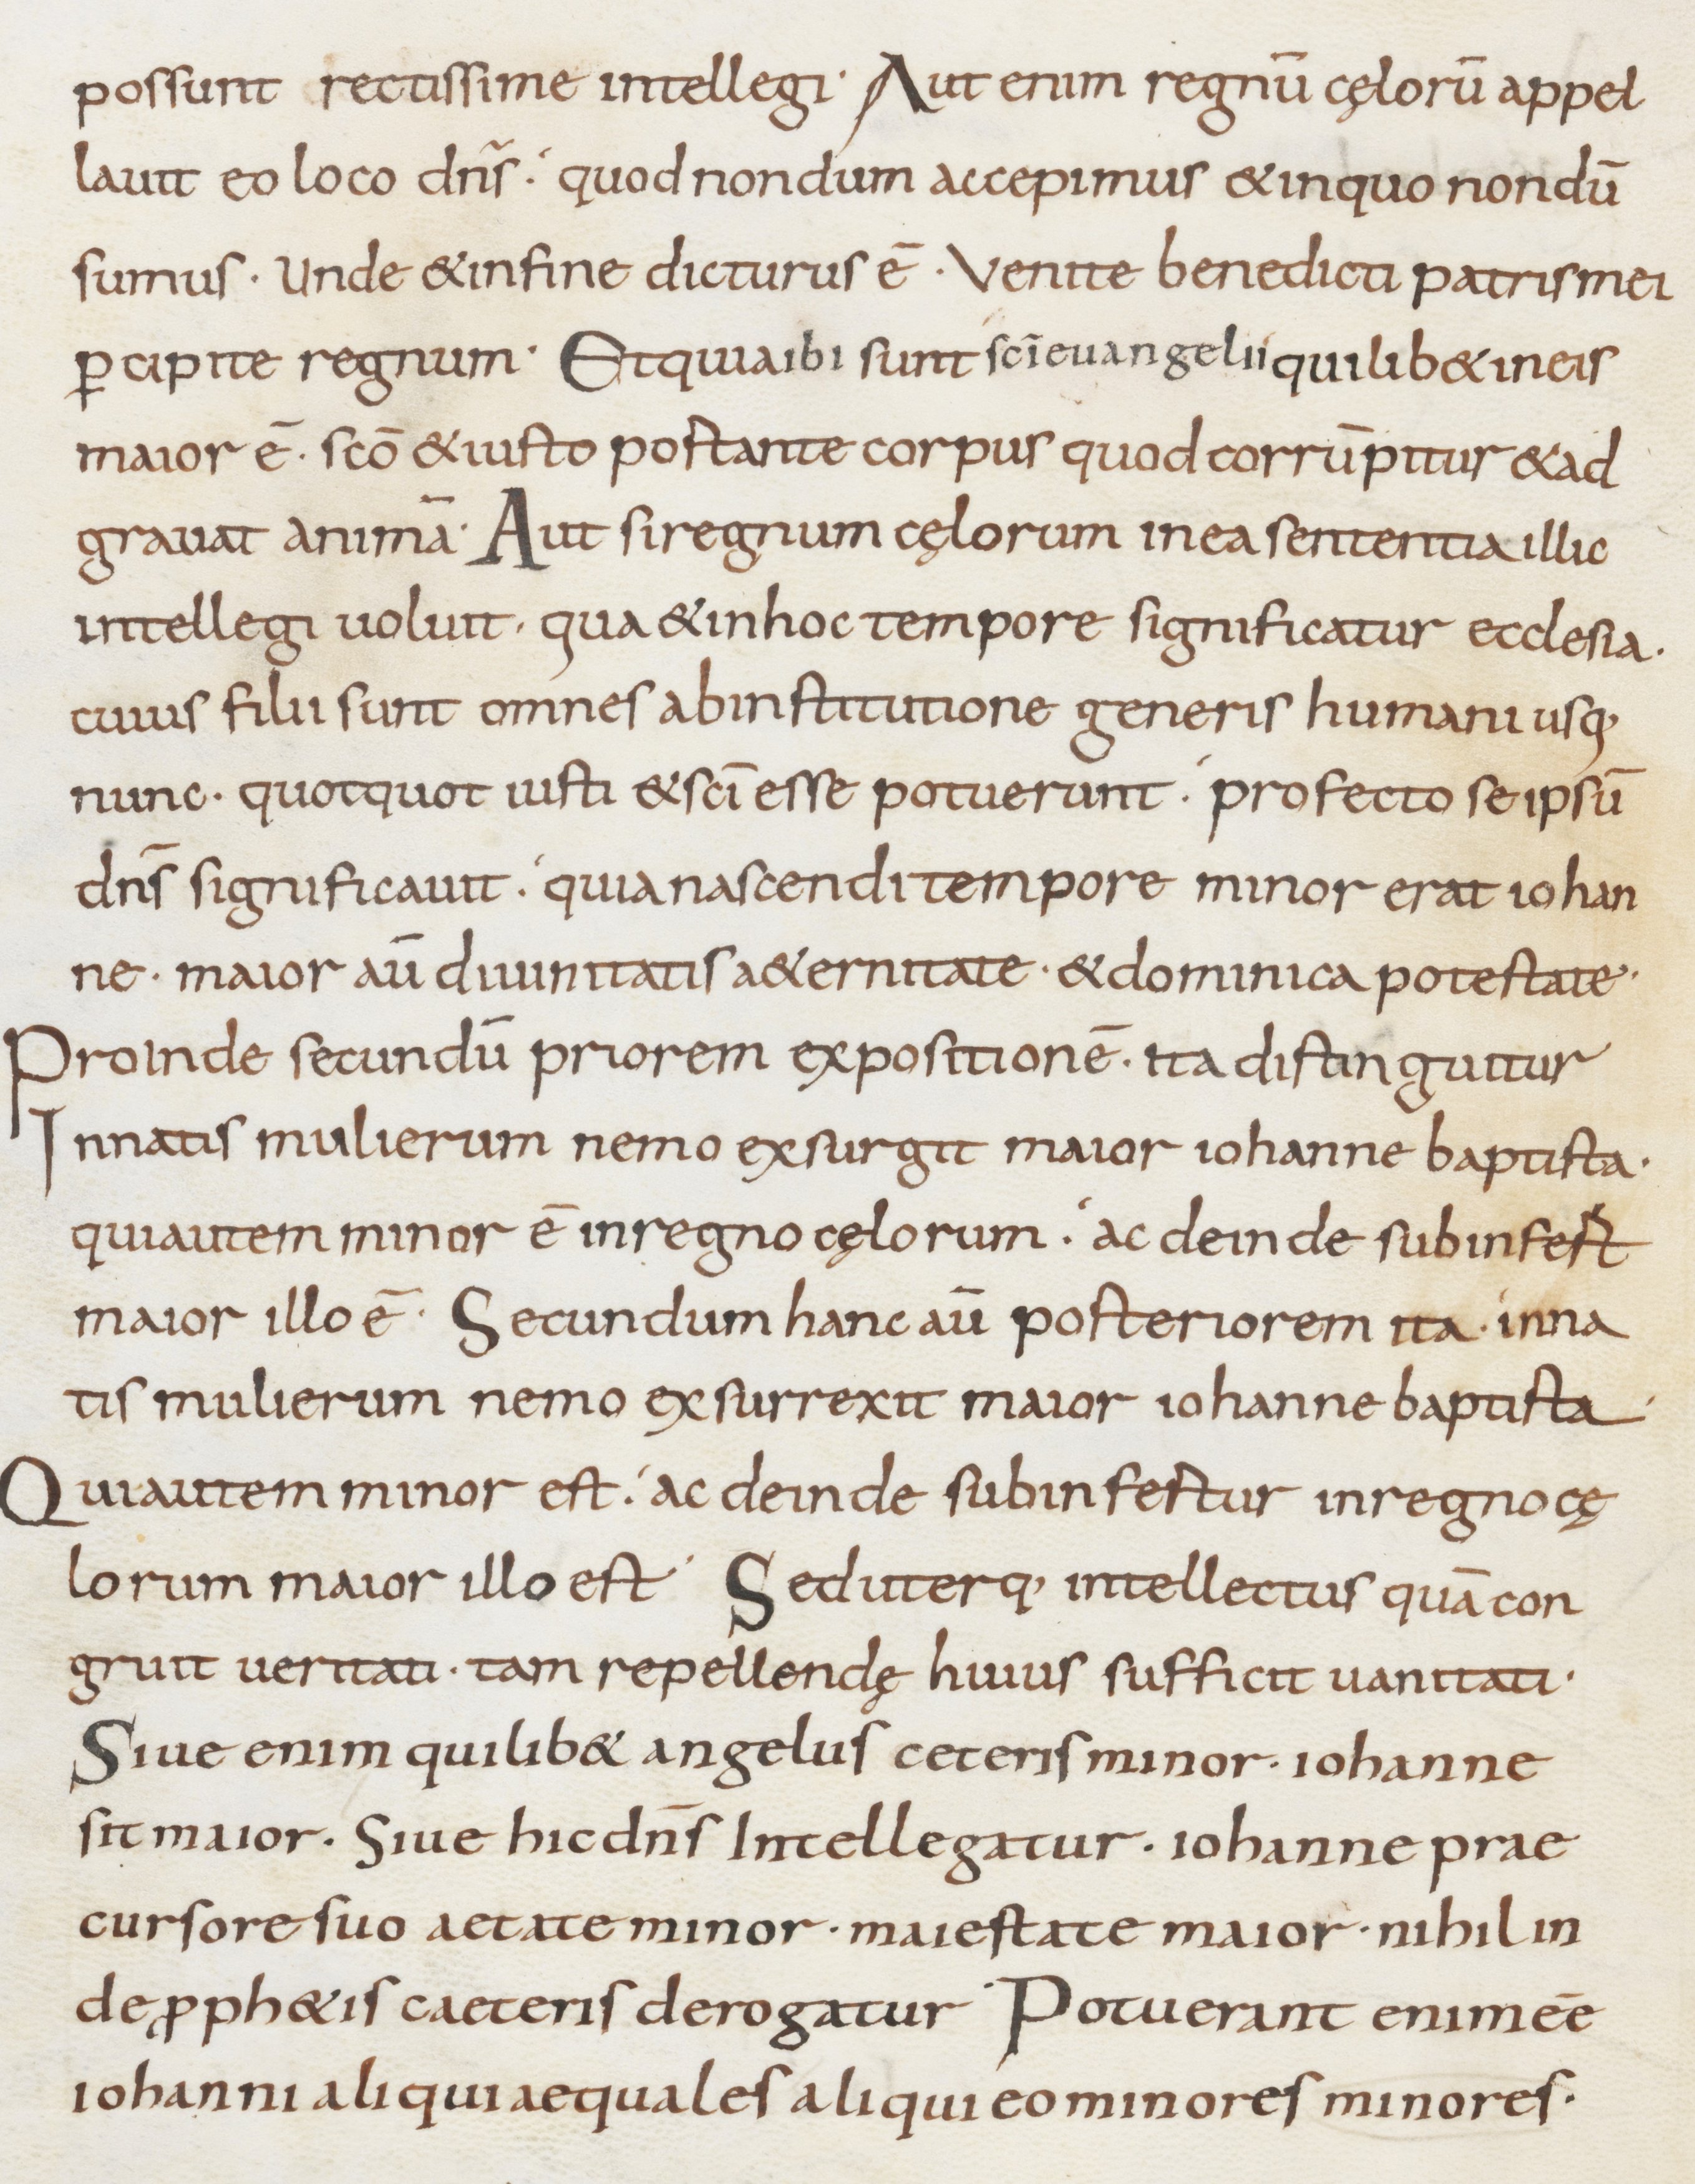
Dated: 800–899